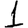
Digit: 1